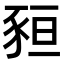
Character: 𧱂